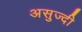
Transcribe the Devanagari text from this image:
असुज्दी